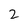
Character: 2